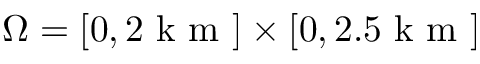
\Omega = [ 0 , 2 \mathrm { ~ k ~ m ~ } ] \times [ 0 , 2 . 5 \mathrm { ~ k ~ m ~ } ]